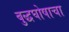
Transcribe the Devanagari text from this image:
बुद्धघोषाचा